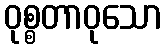
ဝုစ္စတာဝုသော